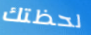
لحظتك